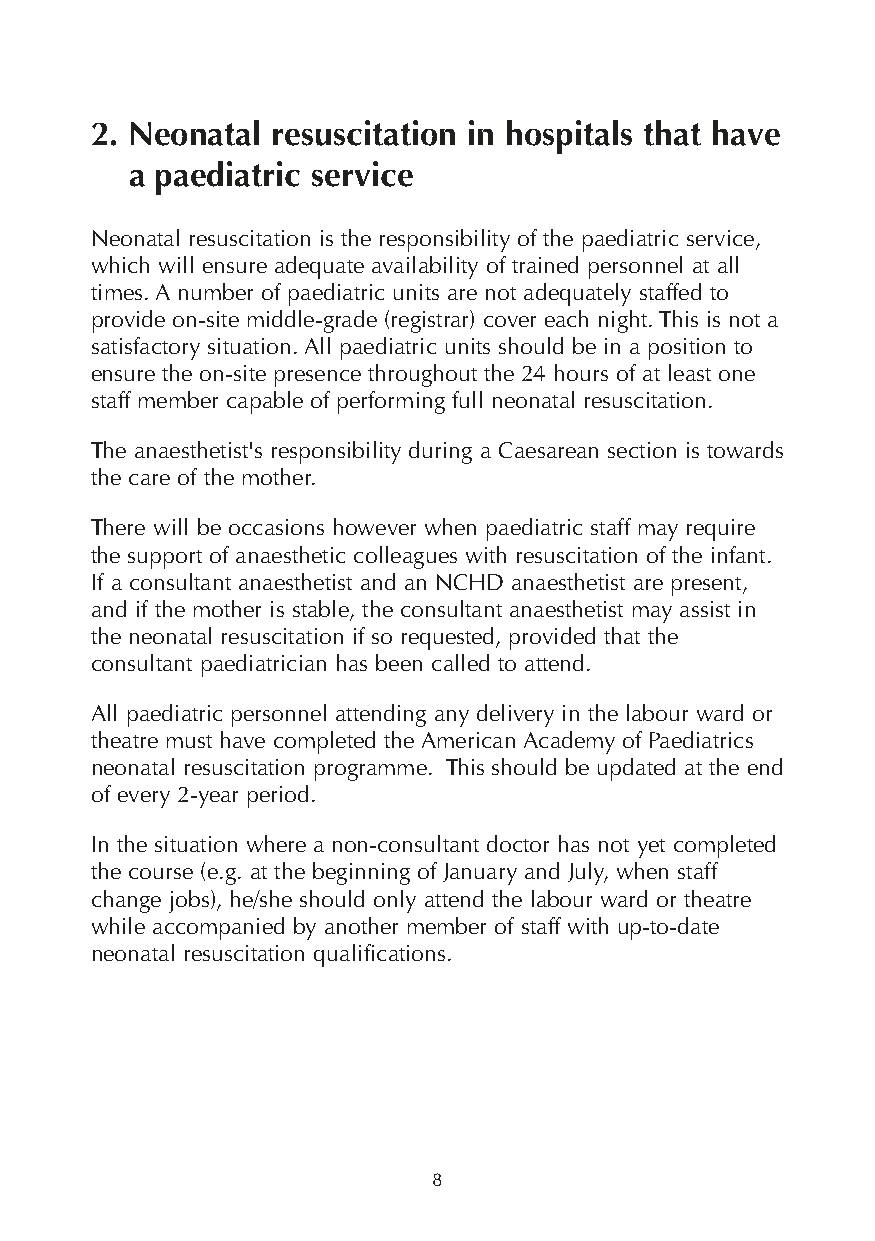
2. Neonatal resuscitation in hospitals that have
 a paediatric service
 Neonatal resuscitation is the responsibility of the paediatric service,
 which will ensure adequate availability of trained personnel at all
 times. A number of paediatric units are not adequately staffed to
 provide on-site middle-grade (registrar) cover each night. This is not a
 satisfactory situation. All paediatric units should be in a position to
 ensure the on-site presence throughout the 24 hours of at least one
 staff member capable of performing full neonatal resuscitation.
 The anaesthetist's responsibility during a Caesarean section is towards
 the care of the mother.
 There will be occasions however when paediatric staff may require
 the support of anaesthetic colleagues with resuscitation of the infant.
 If a consultant anaesthetist and an NCHD anaesthetist are present,
 and if the mother is stable, the consultant anaesthetist may assist in
 the neonatal resuscitation if so requested, provided that the
 consultant paediatrician has been called to attend.
 All paediatric personnel attending any delivery in the labour ward or
 theatre must have completed the American Academy of Paediatrics
 neonatal resuscitation programme. This should be updated at the end
 of every 2-year period.
 In the situation where a non-consultant doctor has not yet completed
 the course (e.g. at the beginning of January and July, when staff
 change jobs), he/she should only attend the labour ward or theatre
 while accompanied by another member of staff with up-to-date
 neonatal resuscitation qualifications.
 8